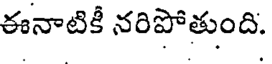
ఈనాటికీ నరిపోతుంది.